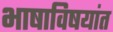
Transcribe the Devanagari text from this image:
भाषाविषयांत